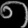
Digit: ၈